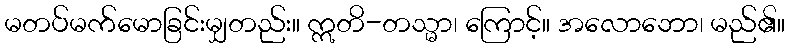
မတပ်မက်မောခြင်းမျှတည်း။ ဣတိ-တသ္မာ၊ ကြောင့်။ အလောဘော၊ မည်၏။